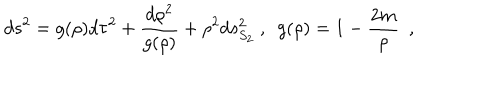
d s ^ { 2 } = g ( \rho ) d \tau ^ { 2 } + { \frac { d \rho ^ { 2 } } { g ( \rho ) } } + \rho ^ { 2 } d s _ { S _ { 2 } } ^ { 2 } ~ , ~ ~ g ( \rho ) = 1 - { \frac { 2 m } { \rho } } ~ ~ ,